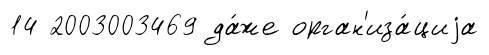
14 2003003469 да́же орган'иза́циjа